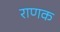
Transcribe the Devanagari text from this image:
राणक